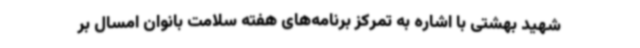
شهید بهشتی با اشاره به تمرکز برنامه‌های هفته سلامت بانوان امسال بر